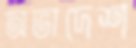
অভাদেশ